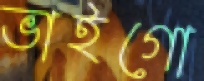
ভাইগো